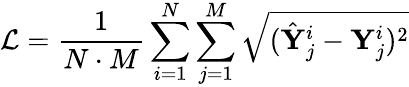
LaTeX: \mathcal{L}=\frac{1}{N\cdot M}\sum_{i=1}^{N}{\sum_{j=1}^{M}{\sqrt{(\hat{\mathbf{Y}}_{j}^{i}-\mathbf{Y}_{j}^{i})^{2}}}}